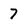
Character: 7